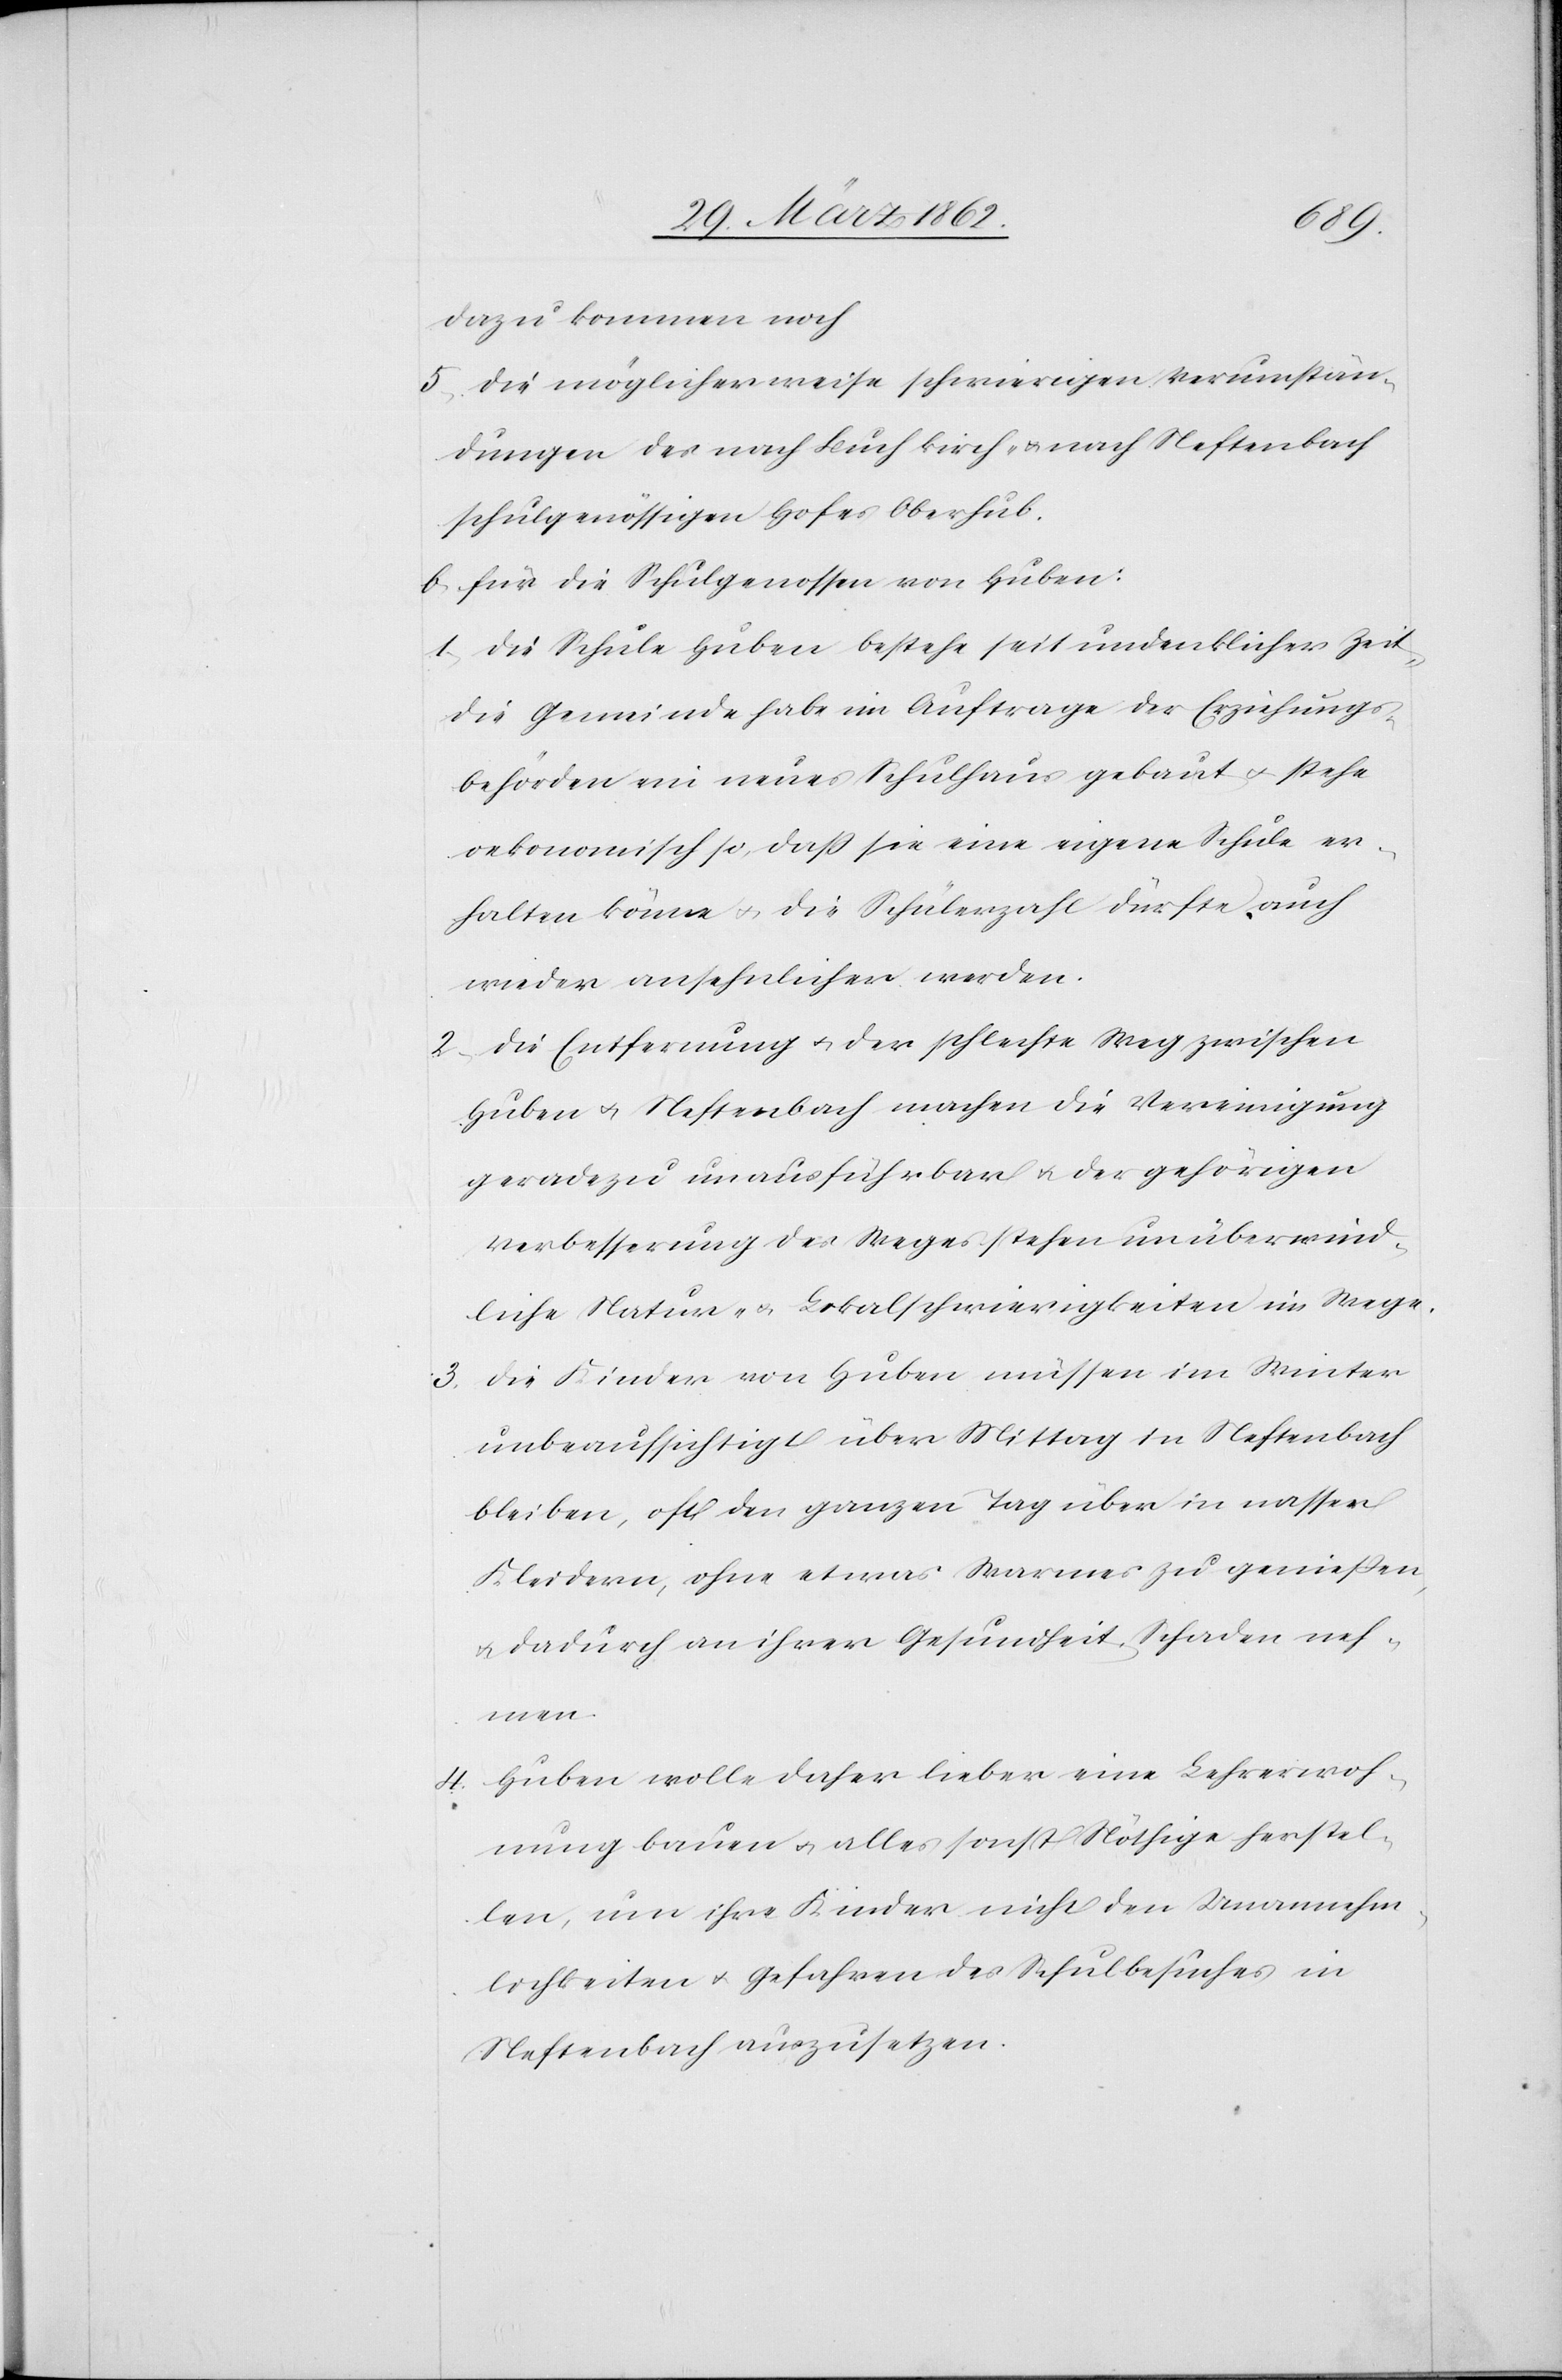
dazu kommen noch
5) die möglicherweise schwierigen Verumstän¬
dungen des nach Buch kirch- & nach Neftenbach
schulgenössigen Hofes Oberhub.
b) für die Schulgenossen von Huben:
1) die Schule Huben bestehe seit undenklicher Zeit,
die Gemeinde habe im Auftrage der Erziehungs¬
behörden ein neues Schulhaus gebaut u. stehe
oekonomisch so, daß sie eine eigene Schule er¬
halten könne u. die Schülerzahl dürfte auch
wieder ansehnlicher werden.
2) die Entfernung u. der schlechte Weg zwischen
Huben u. Neftenbach machen die Vereinigung
geradezu unausführbar u. der gehörigen
Verbesserung des Weges stehen unüberwind¬
liche Natur- u. Lokalschwierigkeiten im Wege.
3) die Kinder von Huben müssen im Winter
unbeaufsichtigt über Mittag in Neftenbach
bleiben, oft den ganzen Tag über in nassen
Kleider, ohne etwas Warmes zu genießen,
u. dadurch an ihrer Gesundheit Schaden neh¬
men.
4) Huben wolle daher lieber eine Lehrerwoh¬
nung bauen u. alles sonst Nöthige herstel¬
len, um ihre Kinder nicht den Unannehm¬
lichkeiten u. Gefahren des Schulbesuches in
Neftenbach auszusetzen.